Civil Veterinary Department. Madras. Admin. report 1910-25 - 1910-1925
Year: 1910
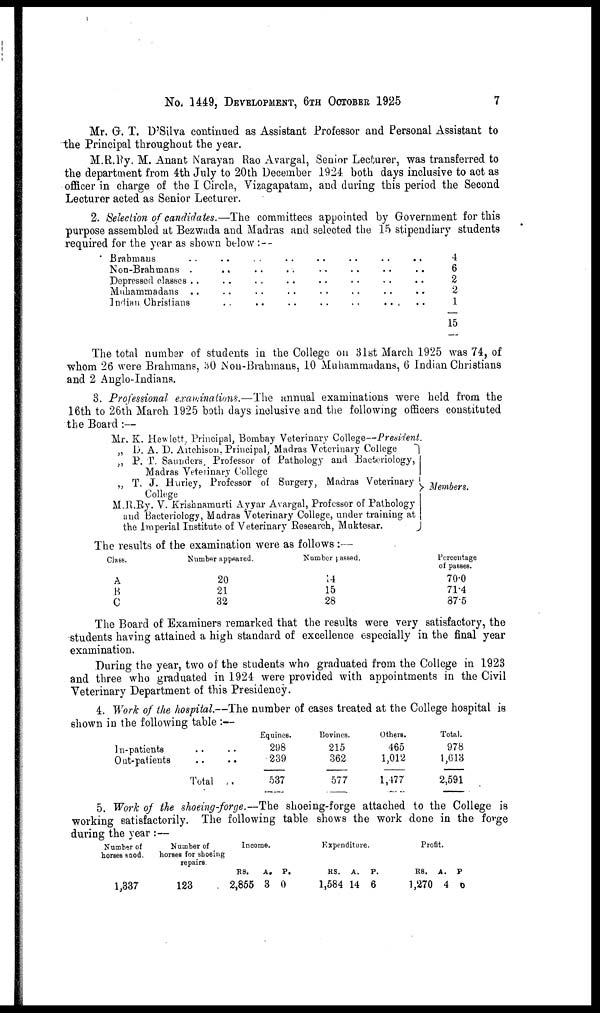
No. 1449, DEVELOPMENT, 6TH OCTOBER 1925
7
Mr. G. T. D'Silva continued as Assistant Professor and Personal Assistant to
the Principal throughout the year.
M.R.Ry. M. Anant Narayan Rao Avargal, Senior Lecturer, was transferred to
the department from 4th July to 20th December 1924 both days inclusive to act as
officer in charge of the I Circle, Vizagapatam, and during this period the Second
Lecturer acted as Senior Lecturer.
2. Selection of candidates.—The committees appointed by Government for this
purpose assembled at Bezwada and Madras and selected the 15 stipendiary students
required for the year as shown below:--
Brabmaus ..
Non-Brahmans .
Depressed classes . .
Muhammadans . .
Indian Christians
..
..
..
..
..
..
..
..
..
..
..
..
..
..
..
..
..
..
..
..
..
..
..
..
..
..
..
..
..
..
..
..
..
..
..
4
6
2
2
1
15
The total number of students in the College on 31st March 1925 was 74, of
whom 26 were Brahmans, 30 Non-Brahmans, 10 Mahammadans, 6 Indian Christians
and 2 Anglo-Indians.
3. Professional examinations.—The annual examinations were held from the
16th to 26th March 1925 both days inclusive and the following officers constituted
the Board:—
Mr. K. Hewlett, Principal, Bombay Veterinary College—President.
„ D. A. D. Aitchison, Principal, Madras Veterinary College
„ P. T. Saunders, Professor of Pathology and Bacteriology,
Madras Veterinary College
„ T. J. Hurley, Professor of Surgery, Madras Veterinary
College
M.R.Ry. V. Krishnamurti Ayyar Avargal, Professor of Pathology
and Bacteriology, Madras Veterinary College, under training at
the Imperial Institute of Veterinary Research, Muktesar.
Members.
The results of the examination were as follows:—
Class.
A
B
C
Number appsared.
20
21
32
Number passed.
14
15
28
Percentage
of passes.
7001830
71.4
87.5
The Board of Examiners remarked that the results were very satisfactory, the
students having attained a high standard of excellence especially in the final year
examination.
During the year, two of the students who graduated from the College in 1923
and three who graduated in 1924 were provided with appointments in the Civil
Veterinary Department of this Presidency.
4. Work of the hospital.--The number of cases treated at the College hospital is
shown in the following table :--
In-patients
Out-patients
.. ..
.. ..
Total ..
Equines.
298
239
537
Bovines.
215
362
577
Others.
465
1,012
1,477
Total.
978
1,613
2,591
5. Work of the shoeing-forge.—The shoeing-forge attached to the College is
working satisfactorily. The following table shows the work done in the forge
during the year:—
Number of
horses snod.
1,337
Number of
horses for shoeing
repairs.
123
Income.
RS.
2,855
A.
3
P.
0
Expenditure.
RS.
1,584
A.
14
P.
6
Profit.
RS.
1,270
A.
4
P
0